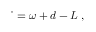
\dot { { \bf { \theta } } } = \omega + d - L { \bf { \theta } } ,